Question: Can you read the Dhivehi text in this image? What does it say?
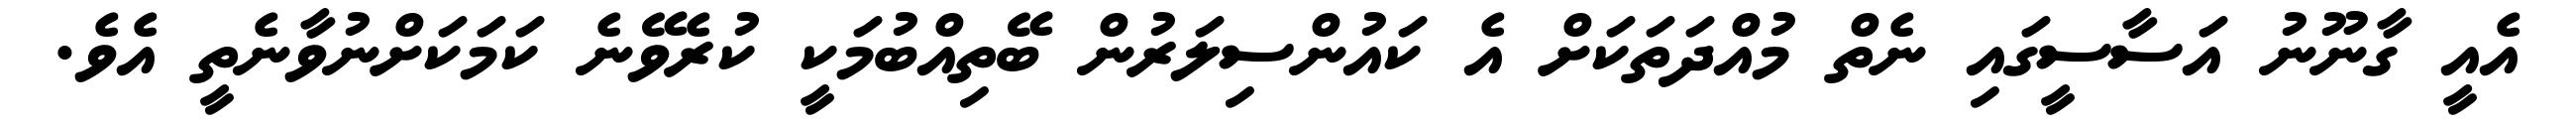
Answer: އެއީ ގާނޫނު އަސާސީގައި ނެތް މުއްދަތަކަށް އެ ކައުންސިލަރުން ބޭތިއްބުމަކީ ކުރެވޭނެ ކަމަކަށްނުވާނެތީ އެވެ.